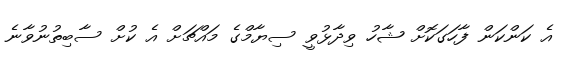
އެ ކަންކަން ފާހަގަކޮށް ޝާހު ވިދާޅުވީ ސިޔާމްގެ މައްޗަށް އެ ކުށް ސާބިތުނުވާނެ